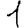
Digit: 1